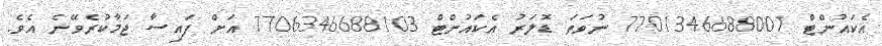
އެކައުންޓް 7701346688001 ނުވަތަ ޑޮލަރު އެކައުންޓް 7706346688103 އަށް ފައިސާ ޖަމާކުރެވޭނެ އެވެ.